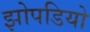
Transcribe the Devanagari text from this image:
झोपडियो